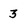
Character: 3